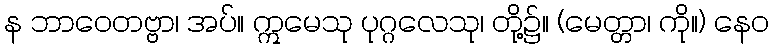
န ဘာဝေတဗ္ဗာ၊ အပ်။ ဣမေသု ပုဂ္ဂလေသု၊ တို့၌။ (မေတ္တာ၊ ကို။) နေဝ